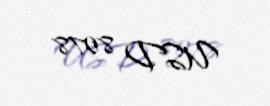
USD 8078